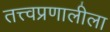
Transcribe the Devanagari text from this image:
तत्त्वप्रणालीला